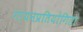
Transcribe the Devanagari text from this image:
गायनप्रतियोगिता